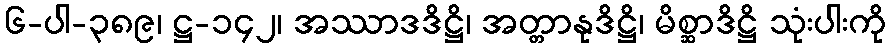
၆-ပါ-၃၈၉၊ ဋ္ဌ-၁၄၂၊ အဿာဒဒိဋ္ဌိ၊ အတ္တာနုဒိဋ္ဌိ၊ မိစ္ဆာဒိဋ္ဌိ သုံးပါးကို